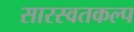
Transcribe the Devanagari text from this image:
सारस्वतकल्प